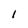
Character: I